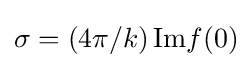
\sigma =(4\pi /k)\,\mathrm {Im} f(0)